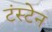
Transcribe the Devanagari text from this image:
टंस्टेन